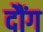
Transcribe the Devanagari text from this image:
दौंग